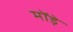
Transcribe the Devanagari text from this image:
मोंड़े